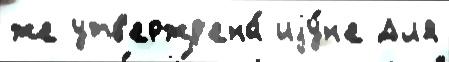
же утв'ержд'ена́ иjу́н'е Дл'я